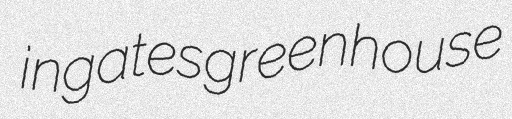
ingates greenhouse